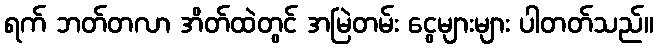
ရက် ဘတ်တလာ အိတ်ထဲတွင် အမြဲတမ်း ငွေများများ ပါတတ်သည်။